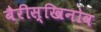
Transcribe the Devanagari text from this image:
बैरीस्खिनोव